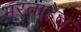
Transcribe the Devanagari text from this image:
भरताहेत